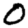
Digit: 0